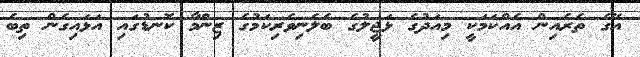
އޭގެ ތެރެއިން އެއްކަމަކީ މިއަދުގެ ޅަޖީލުގެ ބެލެނިވެރިކަމުގެ ޒިންމާ ކޮނޑުގައި އަޅައިގެން ތިބެ